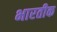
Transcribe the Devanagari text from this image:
भारतीक